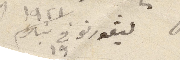
ليفورنو في ١٩ شباط ١٩٢١